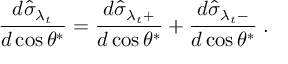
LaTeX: { \frac { d \hat { \sigma } _ { \lambda _ { t } } } { d \cos \theta ^ { * } } } = { \frac { d \hat { \sigma } _ { \lambda _ { t } + } } { d \cos \theta ^ { * } } } + { \frac { d \hat { \sigma } _ { \lambda _ { t } - } } { d \cos \theta ^ { * } } } \; .